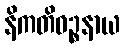
နိကတိဝဉ္စနာယ